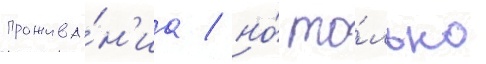
прожива́н'иа / но́ то́лько